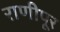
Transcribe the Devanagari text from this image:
राणीपूर